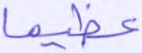
عظيما